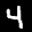
Label: 4